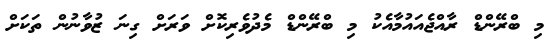
މި ބްރޭންޑް ރާއްޖެއައުމާއެކު މި ބްރޭންޑް މެދުވެރިކޮށް ވަރަށް ގިނަ ޒުވާނުން ތަކަށް